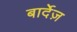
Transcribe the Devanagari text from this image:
बार्देज़